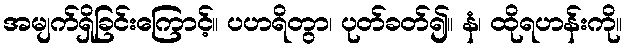
အမျက်ရှိခြင်းကြောင့်။ ပဟရိတွာ၊ ပုတ်ခတ်၍။ နံ၊ ထိုရဟန်းကို။